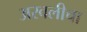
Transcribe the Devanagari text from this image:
अरवलीचा